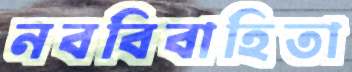
নববিবাহিতা